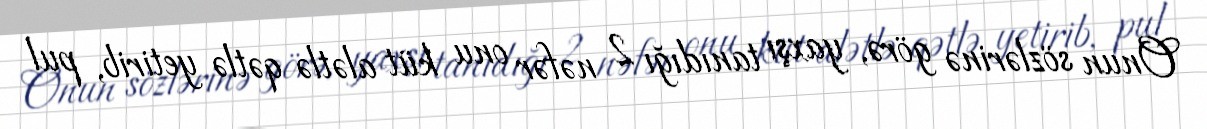
Onun sözlərinə görə, yaxşı tanıdığı 2 nəfər onu küt alətlə qətlə yetirib, pul